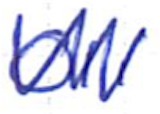
Text: Oli
Cross-out: zig-zag
Writing tool: ballpoint